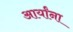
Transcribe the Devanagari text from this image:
आर्यांना